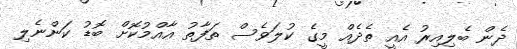
ދެން ބެލިއިރު އެއީ ތެދެއް މީގެ ކުލަވެސް ތަފާތު އާއްމުކޮށް ބޮޑު ކަންނެލި